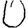
Digit: 0